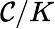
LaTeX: \mathcal{C}/K